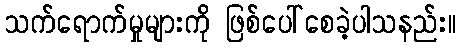
သက်ရောက်မှုများကို ဖြစ်ပေါ်စေခဲ့ပါသနည်း။